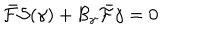
\bar { \cal F } { \cal S } ( \gamma ) + { \cal B } _ { \gamma } \bar { \cal F } \gamma = 0